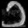
Digit: ၁